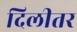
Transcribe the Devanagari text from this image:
दिलीतर